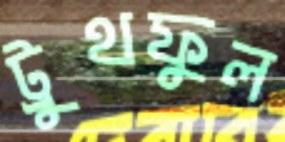
ট্রুথফুল